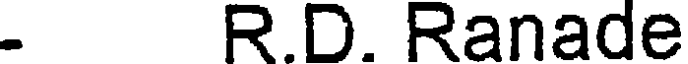
. R.D. Ranade